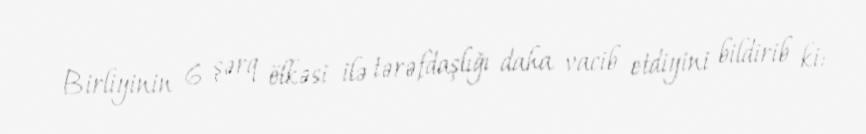
Birliyinin 6 şərq ölkəsi ilə tərəfdaşlığı daha vacib etdiyini bildirib ki: